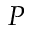
P